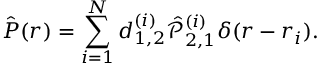
\hat { \boldsymbol P } ( \boldsymbol r ) = \sum _ { i = 1 } ^ { N } \boldsymbol d _ { 1 , 2 } ^ { ( i ) } \hat { \mathcal P } _ { 2 , 1 } ^ { ( i ) } \delta ( \boldsymbol r - \boldsymbol r _ { i } ) .